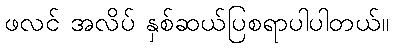
ဖလင် အလိပ် နှစ်ဆယ်ပြစရာပါပါတယ်။